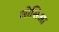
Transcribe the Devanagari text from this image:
ओसिआ